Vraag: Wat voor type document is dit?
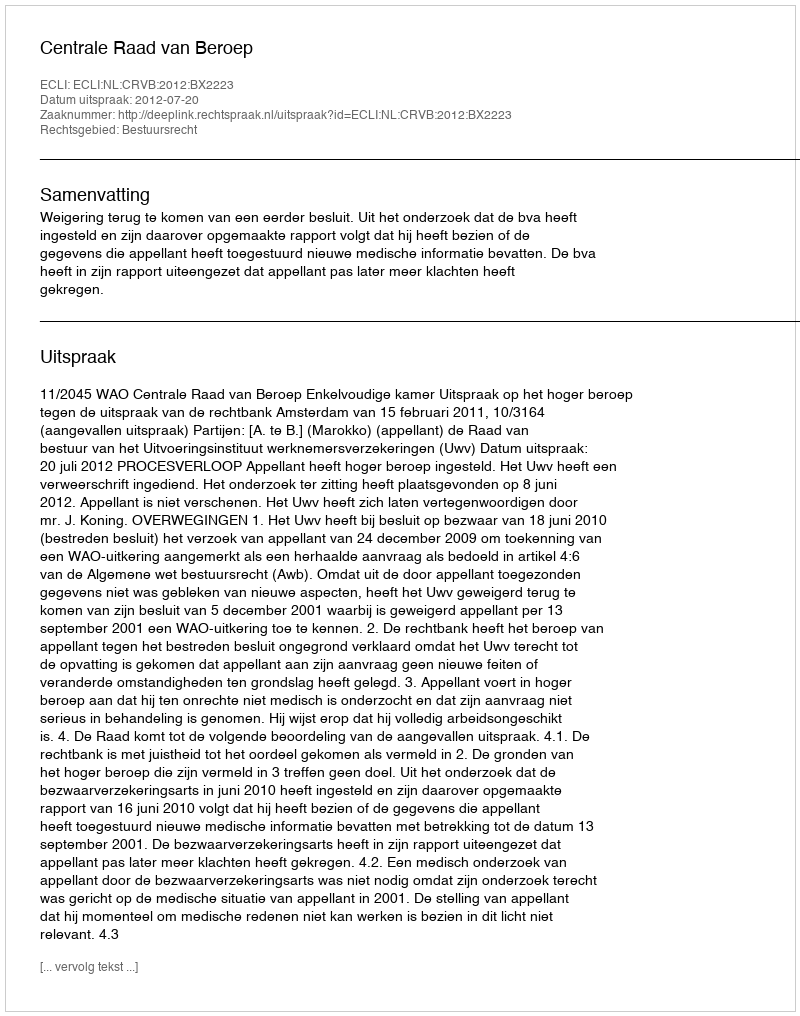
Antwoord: Uitspraak